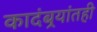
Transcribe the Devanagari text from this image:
कादंबर्‍यांतही